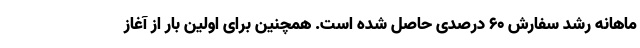
ماهانه رشد سفارش ۶۰ درصدی حاصل شده است. همچنین برای اولین بار از آغاز